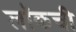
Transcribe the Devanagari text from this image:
लॉकची